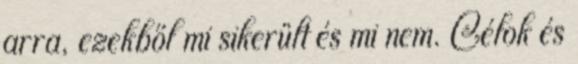
arra, ezekből mi sikerült és mi nem. Célok és